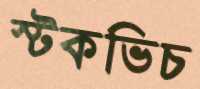
স্টকভিচ